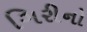
ગિરીનો